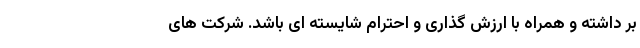
بر داشته و همراه با ارزش گذاری و احترام شایسته ای باشد. شرکت های